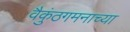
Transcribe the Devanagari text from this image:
वैकुंठगमनाच्या